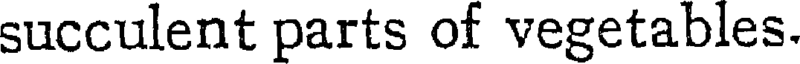
succulent parts of vegetables.